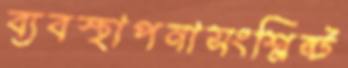
ব্যবস্থাপনাসংশ্লিষ্ট